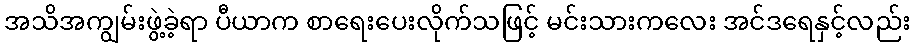
အသိအကျွမ်းဖွဲ့ခဲ့ရာ ပီယာက စာရေးပေးလိုက်သဖြင့် မင်းသားကလေး အင်ဒရေနှင့်လည်း